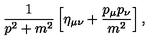
\frac { 1 } { p ^ { 2 } + m ^ { 2 } } \left[ \eta _ { \mu \nu } + \frac { p _ { \mu } p _ { \nu } } { m ^ { 2 } } \right] ,